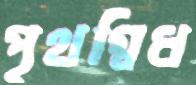
পৃথগ্বিধ